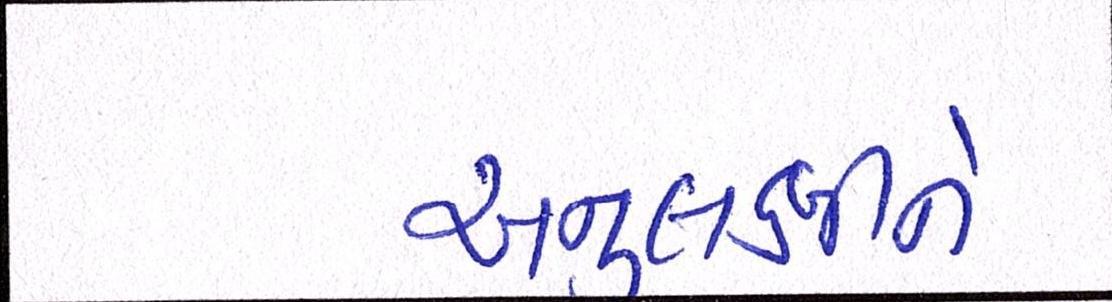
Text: અનુલક્ષીને